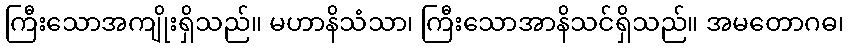
ကြီးသောအကျိုးရှိသည်။ မဟာနိသံသာ၊ ကြီးသောအာနိသင်ရှိသည်။ အမတောဂဓ၊